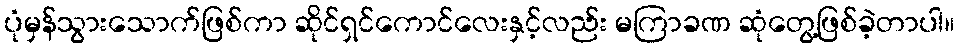
ပုံမှန်သွားသောက်ဖြစ်ကာ ဆိုင်ရှင်ကောင်လေးနှင့်လည်း မကြာခဏ ဆုံတွေ့ဖြစ်ခဲ့တာပါ။